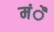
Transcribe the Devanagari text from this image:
मंै